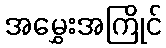
အမွှေးအကြိုင်